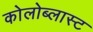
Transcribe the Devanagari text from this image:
कोलोब्लास्ट